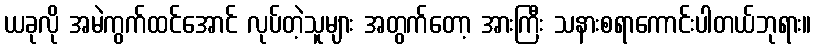
ယခုလို အမဲကွက်ထင်အောင် လုပ်တဲ့သူများ အတွက်တော့ အားကြီး သနားစရာကောင်းပါတယ်ဘုရား။